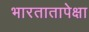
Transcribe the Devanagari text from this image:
भारतातापेक्षा